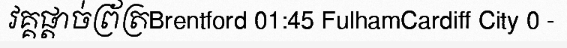
វគ្គផ្តាច់ព្រ័ត្រBrentford 01:45 FulhamCardiff City 0 -